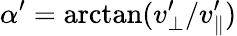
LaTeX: \alpha^{\prime}=\arctan(v_{\bot}^{\prime}/v_{\parallel}^{\prime})